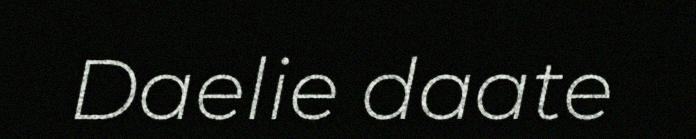
Daelie daate